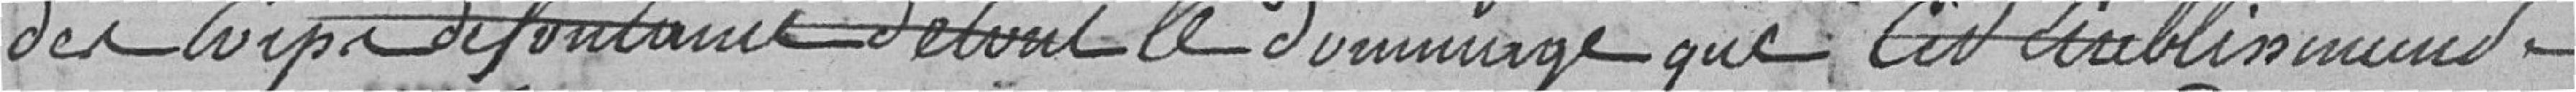
des corps de fontaines devant le dommage que cet établissement